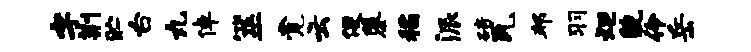
字荆贮台丸倬筮觉云便隳稻派碚瓦邦羽炬貌伶岳